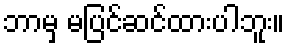
ဘာမှ မပြင်ဆင်ထားပါဘူး။